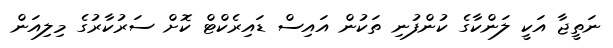
ނަތީޖާ އަކީ ލަންކާގެ ކުންފުނި ތަކުން އައިސް ޑައިރެކްޓް ކޮށް ސަރުކާރުގެ މިލިއަން